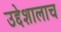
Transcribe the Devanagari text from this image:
उद्देशालाच